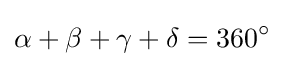
\alpha +\beta +\gamma +\delta =360^{\circ }